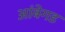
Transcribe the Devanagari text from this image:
आंबेगड